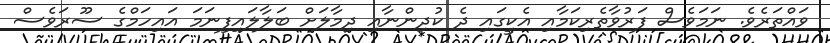
ވައްތަރެވެ. ނަމަވެސް ފަރުވާތެރިކަމާއި އެކީގައި ދެ ކުދިންނާއި ދިމާލަށް ބަލާލައިފިނަމަ އައިހަމްގެ ސޫރަވެސް